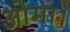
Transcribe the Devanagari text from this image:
ओमा।